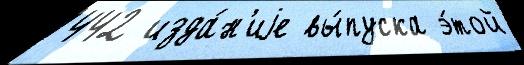
442 изда́н'иjе вы́пуска э́той